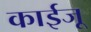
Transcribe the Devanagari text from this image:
काईजू